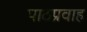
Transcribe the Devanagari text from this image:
पाठप्रवाह